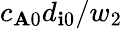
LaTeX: c_{\mathbf{A}0}d_{\mathbf{i}0}/w_{2}